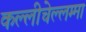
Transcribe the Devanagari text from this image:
कल्लीचेल्लम्मा